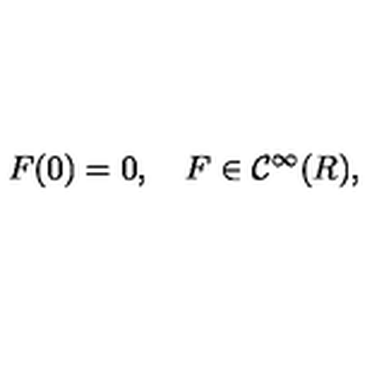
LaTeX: F ( 0 ) = 0 , \quad F \in { \mathcal C } ^ { \infty } ( R ) ,